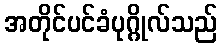
အတိုင်ပင်ခံပုဂ္ဂိုလ်သည်